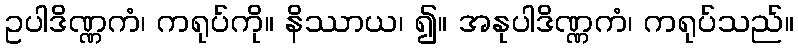
ဥပါဒိဏ္ဏကံ၊ ကရုပ်ကို။ နိဿာယ၊ ၍။ အနုပါဒိဏ္ဏကံ၊ ကရုပ်သည်။